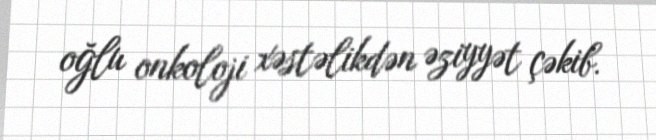
oğlu onkoloji xəstəlikdən əziyyət çəkib.